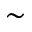
\sim